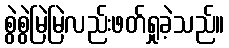
စွဲစွဲမြဲမြဲလည်းဖတ်ရှုခဲ့သည်။